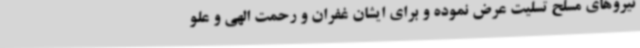
نیروهای مسلح تسلیت عرض نموده و برای ایشان غفران و رحمت الهی و علو